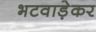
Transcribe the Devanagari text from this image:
भटवाड़ेकर